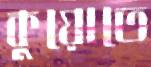
কুয়োতে